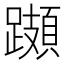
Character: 𨆆